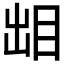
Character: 𰥜